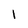
Character: 1